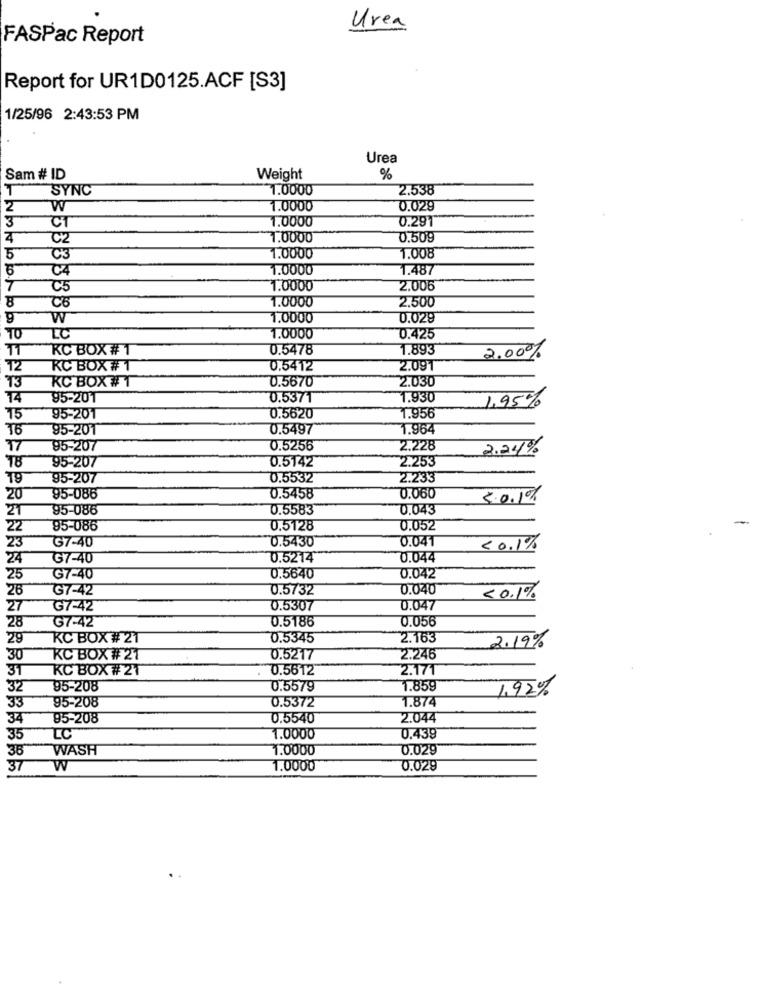
Urea
FASPac Report
Report for UR1D0125.ACF [S3]
1/25/96 2:43:53 PM
Urea
Sam # ID
Weight
%
T
SYNC
1.0000
2.538
2
W
1.0000
0.029
3
1.0000
0.29
CT
C2
1.0000
0.509
5
C3
1.0000
1.008
C4
1.0000
1.487
C5
1.0000
2.006
8
1.0000
2.500
W
1.0000
0.029
TO
LC
1.0000
0.425
11
RC BOX # 1
0.5478
1.893
2.00%
T2
RC BOX # 1
0.5412
2.09T
13
KC BOX # 1
0.5670
2.030
14
95-201
0.537T
1.930
1,95%
75
95-201
0.5620
1.956
95-201
0.5497
1.964
17
95-207
0.5256
2.228
2.24%
95-207
0.5142
2.253
19
95-207
0.5532
2.233
20
95-086
0.5458
0.060
3.0.1%
21
95-086
0.5583
0.043
22
95-086
0.5128
0.052
23
G7-40
0.5430
0.041
<0.1%
24
G7-40
0.5214
0.044
25
G7-40
0.5640
0.042
26
G7-42
0.5732
0.040
<0.1%
27
G7-42
0.5307
0.047
G7-42
0.5186
0.056
28
29
KC BOX # 21
0.5345
2.163
2.19%
30
KC BOX # 21
0.5217
2.246
KC BOX #21
0.5612
2.171
32
95-208
0.5579
1.859
1.92%
95-208
0.5372
1.874
33
34
95-208
0.5540
2.044
35
LC
1.0000
0.439
36
WASH
1.0000
0.029
37
W
1.0000
0.029